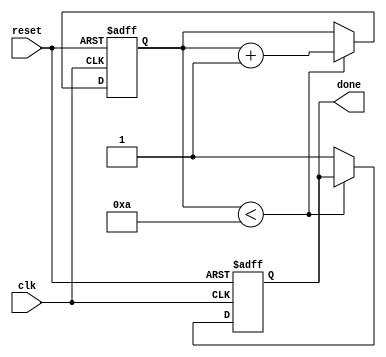
module do_while_loop(
    input wire clk,
    input wire reset,
    output reg done
);

reg [3:0] count;
reg [3:0] limit;
parameter ITERATIONS = 10;

always @(posedge clk or posedge reset) begin
    if (reset) begin
        count <= 0;
        done <= 0;
    end else begin
        if (count < ITERATIONS) begin
            count <= count + 1;
        end else begin
            done <= 1;
        end
    end
end

initial begin
    count <= 0;
    limit = ITERATIONS;
    done <= 0;
end

endmodule